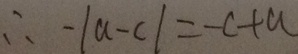
\therefore - \vert a - c \vert = - c + a